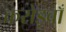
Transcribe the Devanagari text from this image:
करोड़वाँ